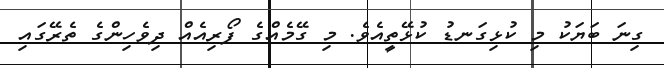
ގިނަ ބަޔަކު މި ކުޅިގަނޑު ކުޅޭތީއެވެ. މި ގޭމެއްގެ ފޯރިއެއް ދިވެހިންގެ ތެރޭގައި